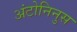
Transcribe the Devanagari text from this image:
अंटोनिनुस